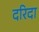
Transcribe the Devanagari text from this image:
दरिदा